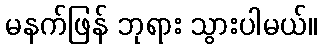
မနက်ဖြန် ဘုရား သွားပါမယ်။